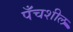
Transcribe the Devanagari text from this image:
पँचशील